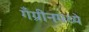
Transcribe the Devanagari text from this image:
गँग्रीनमध्ये